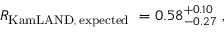
R _ { \mathrm { K a m L A N D , \, e x p e c t e d } } ~ = 0 . 5 8 _ { - 0 . 2 7 } ^ { + 0 . 1 0 } \; ,